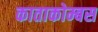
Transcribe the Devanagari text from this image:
काताकोम्बस